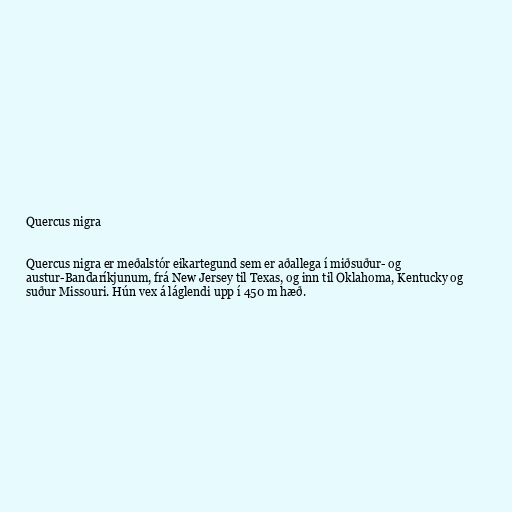
Quercus nigra

Quercus nigra er meðalstór eikartegund sem er aðallega í miðsuður- og
austur-Bandaríkjunum, frá New Jersey til Texas, og inn til Oklahoma, Kentucky og
suður Missouri. Hún vex á láglendi upp í 450 m hæð.